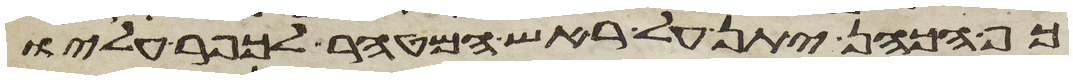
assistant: כף הכהן יתן על ראש המטהר לכפר עליו